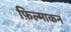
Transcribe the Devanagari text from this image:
फ़िल्माकन